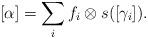
LaTeX: \begin{align*} [\alpha]= \displaystyle \sum_i f_i\otimes s([\gamma_i]).\end{align*}